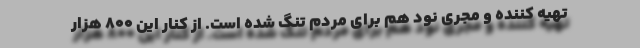
تهیه کننده و مجری نود هم برای مردم تنگ شده است. از کنار این 800 هزار